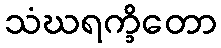
သံဃရက္ခိတော